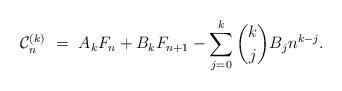
LaTeX: \begin{align*}\mathcal{C}_n^{(k)} \ = \ A_k F_n + B_k F_{n+1} - \sum_{j=0}^k \binom{k}{j} B_j n^{k-j}.\end{align*}